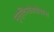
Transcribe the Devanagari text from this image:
मुस्लिमांबरोबरच